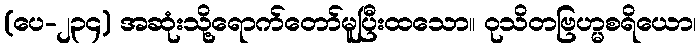
(ပေ-၂၃၄) အဆုံးသို့ရောက်တော်မူပြီးထသော။ ဝုသိတဗြဟ္မစရိယော၊